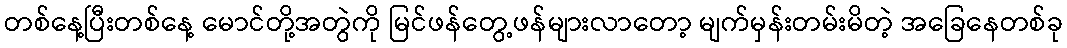
တစ်နေ့ပြီးတစ်နေ့ မောင်တို့အတွဲကို မြင်ဖန်တွေ့ဖန်များလာတော့ မျက်မှန်းတမ်းမိတဲ့ အခြေနေတစ်ခု